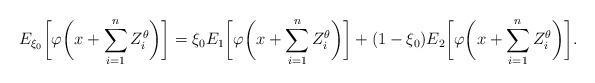
LaTeX: \begin{align*}E_{\xi_0} \biggl[\varphi\biggl(x+\sum_{i=1}^{n} Z_i^\theta\biggr)\biggr]=\xi_0 E_1\biggl[\varphi\biggl(x+\sum_{i=1}^{n} Z_i^\theta\biggr)\biggr]+(1-\xi_0)E_2\biggl[\varphi\biggl(x+\sum_{i=1}^{n} Z_i^\theta\biggr)\biggr].\end{align*}